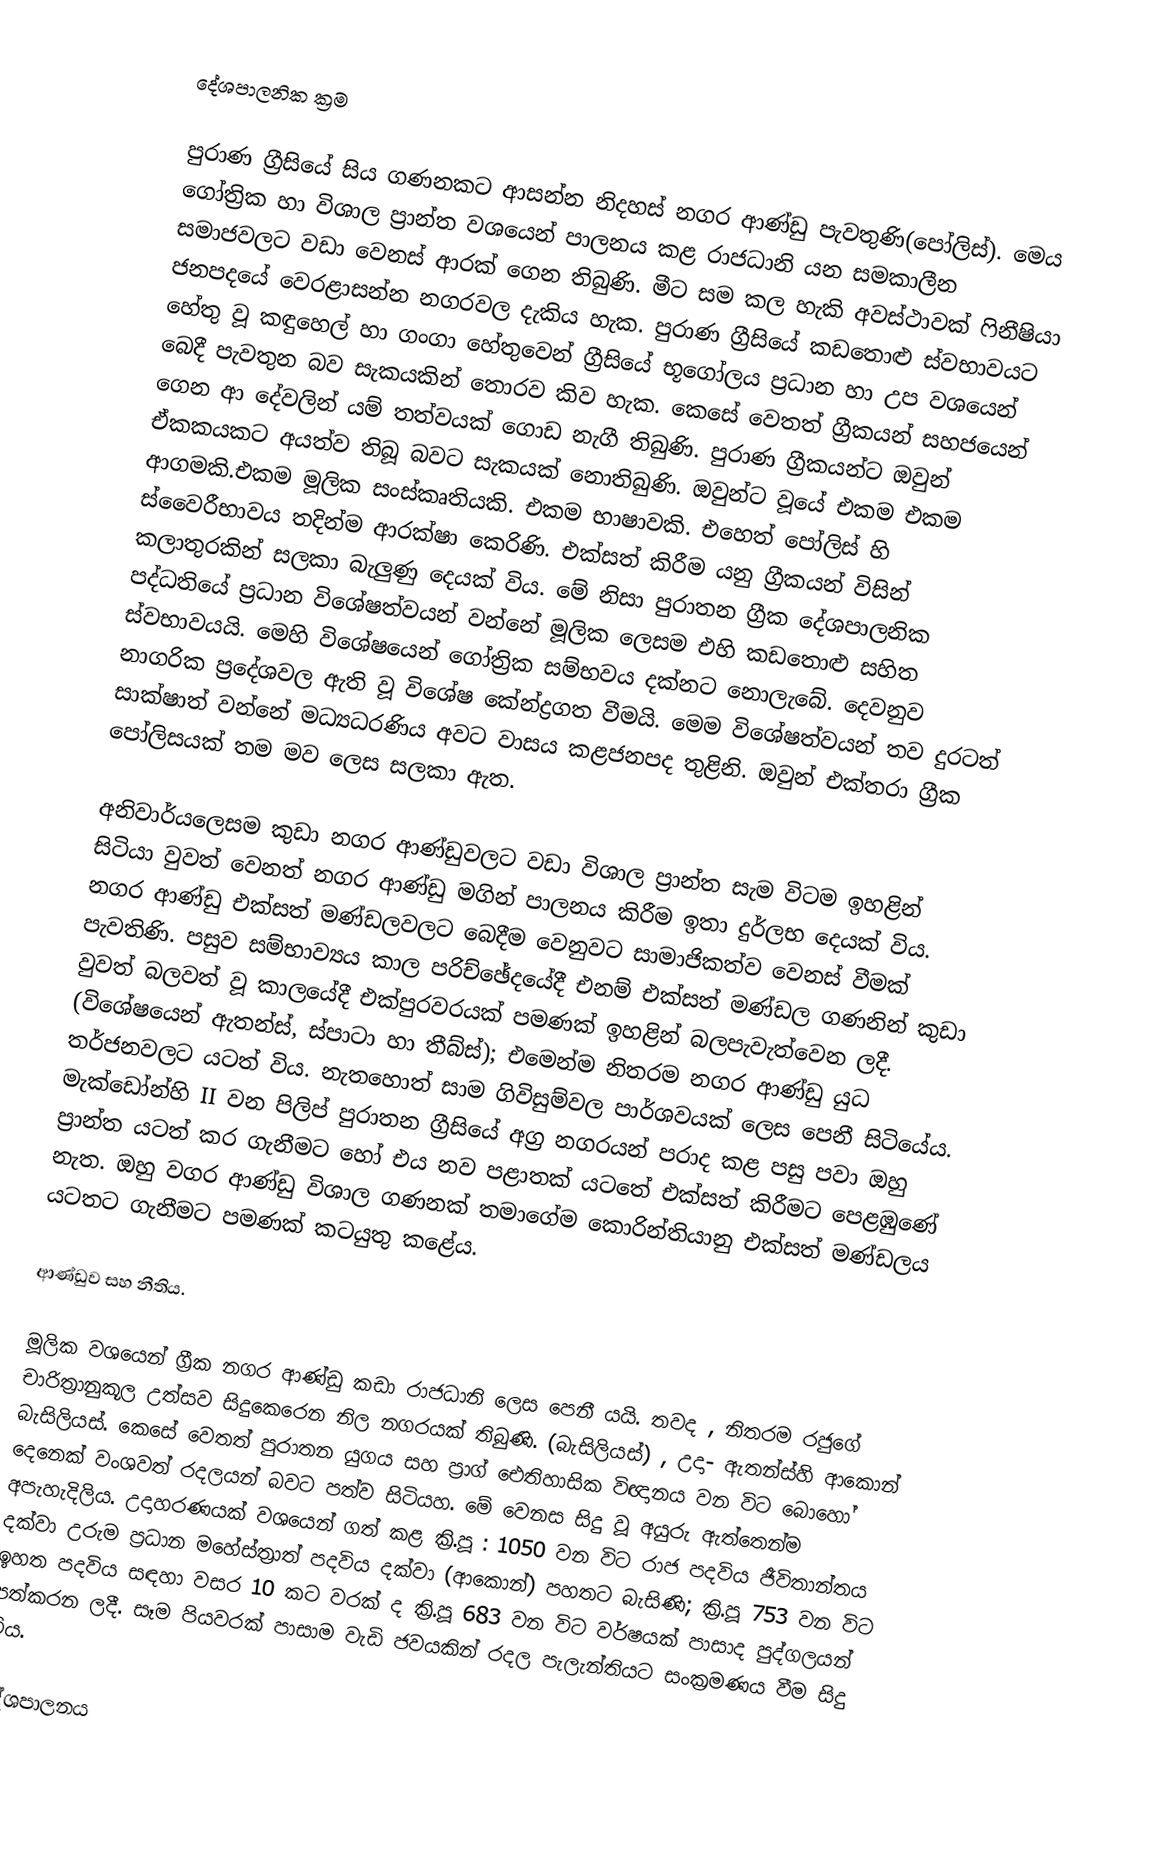
දේශපාලනික ක්‍රම

පුරාණ ග්‍රීසියේ සිය ගණනකට ආසන්න නිදහස් නගර ආණ්ඩු පැවතුණි(පෝලිස්). මෙය ගෝත්‍රික හා විශාල ප්‍රාන්ත වශයෙන් පාලනය කළ රාජධානි යන සමකාලීන සමාජවලට වඩා වෙනස් ආරක් ගෙන තිබුණි.  මීට සම කල හැකි අවස්ථාවක් ෆිනීෂියා ජනපදයේ වෙරළාසන්න නගරවල දැකිය හැක. පුරාණ ග්‍රීසියේ කඩතොළු ස්වභාවයට හේතු වූ කඳුහෙල් හා ගංගා හේතුවෙන් ග්‍රීසියේ භූගෝලය ප්‍රධාන හා උප වශයෙන් බෙදී පැවතුන බව සැකයකින් තොරව කිව හැක. කෙසේ වෙතත් ග්‍රීකයන් සහජයෙන් ගෙන ආ දේවලින් යම් තත්වයක් ගොඩ නැගී තිබුණි. පුරාණ ග්‍රීකයන්ට ඔවුන් ඒකකයකට අයත්ව තිබූ බවට සැකයක් නොතිබුණි. ඔවුන්ට වූයේ එකම එකම ආගමකි.එකම මූලික සංස්කෘතියකි. එකම භාෂාවකි. එහෙත් පෝලිස් හි ස්වෛරීභාවය තදින්ම ආරක්ෂා කෙරිණි. එක්සත් කිරීම යනු ග්‍රීකයන් විසින් කලාතුරකින් සලකා බැලුණු දෙයක් විය. මේ නිසා පුරාතන ග්‍රීක දේශපාලනික පද්ධතියේ ප්‍රධාන විශේෂත්වයන් වන්නේ මූලික ලෙසම එහි කඩතොළු සහිත ස්වභාවයයි. මෙහි විශේෂයෙන් ගෝත්‍රික සම්භවය දක්නට නොලැබේ. දෙවනුව නාගරික ප්‍රදේශවල ඇති වූ විශේෂ කේන්ද්‍රගත  වීමයි. මෙම විශේෂත්වයන් තව දුරටත් සාක්ෂාත් වන්නේ මධ්‍යධරණිය අවට වාසය කළජනපද තුළිනි. ඔවුන් එක්තරා ග්‍රීක පෝලිසයක් තම මව ලෙස සලකා ඇත.

අනිවාර්ය‍ලෙසම කුඩා නගර ආණ්ඩුවලට වඩා විශාල ප්‍රාන්ත සැම විටම ඉහළින් සිටියා වුවත් වෙනත් නගර ආණ්ඩු මගින් පාලනය කිරීම ඉතා දුර්ලභ දෙයක් විය. නගර ආණ්ඩු එක්සත් මණ්ඩලවලට බෙදීම වෙනුවට සාමාජිකත්ව වෙනස් වීමක් පැවතිණි. පසුව සම්භාව්‍යය කාල පරිච්ඡේදයේදී එනම් එක්සත් මණ්ඩල ගණනින් කුඩා වුවත් බලවත් වූ කාලයේදී එක්පුරවරයක් පමණක් ඉහළින් බලපැවැත්වෙන ලදී. (විශේෂයෙන් ඇතන්ස්, ස්පාටා හා තීබ්ස්); එමෙන්ම නිතරම නගර ආණ්ඩු යුධ තර්ජනවලට යටත් විය. නැතහොත් සාම ගිවිසුම්වල පාර්ශවයක් ලෙස පෙනී සිටියේය. මැක්ඩෝන්හි II වන පිලිප් පුරාතන ග්‍රීසියේ අග්‍ර නගරයන් පරාද කළ පසු පවා ඔහු ප්‍රාන්ත යටත් කර ගැනීමට හෝ එය නව පළාතක් යටතේ එක්සත් කිරීමට පෙළඹුණේ නැත. ඔහු වගර ආණ්ඩු විශාල ගණනක් තමාගේම කොරින්තියානු එක්සත් මණ්ඩලය යටතට ගැනීමට පමණක් කටයුතු කළේය.

ආණ්ඩුව සහ නීතිය.

මූලික වශයෙන් ග්‍රීක නගර ආණ්ඩු කඩා රාජධානි ලෙස පෙනී යයි. තවද , නිතරම රජුගේ චාරිත්‍රානුකූල උත්සව සිදුකෙරෙන නිල නගරයක් තිබුණි. (බැසිලියස්) , උදා- ඇතන්ස්හි ආකොන් බැසිලියස්. කෙසේ වෙතත් පුරාතන යුගය සහ ප්‍රාග් ‍ඓතිහාසික විඥානය වන විට බොහෝ දෙනෙක් වංශවත් රදලයන් බවට පත්ව සිටියහ. මේ වෙනස සිදු වූ අයුරු ඇත්තෙන්ම අපැහැදිලිය. උදාහරණයක් වශයෙන් ගත් කළ ක්‍රි.පූ : 1050 වන විට රාජ පදවිය ජීවිතාන්තය දක්වා උරුම ප්‍රධාන මහේස්ත්‍රාත් පදවිය දක්වා (ආකොන්) පහතට බැසිණි; ක්‍රි.පූ 753 වන විට ඉහත පදවිය සඳහා වසර 10 කට වරක් ද ක්‍රි.පූ 683 වන වි‍ට වර්ෂයක් පාසාද පුද්ගලයන් පත්කරන ලදී. සෑම පියවරක් පාසාම වැඩි ජවයකින් රදල පැලැන්තියට සංක්‍රමණය වීම සිදු විය.

දේශපාලනය